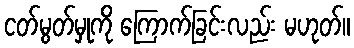
ငတ်မွတ်မှုကို ကြောက်ခြင်းလည်း မဟုတ်။